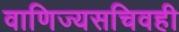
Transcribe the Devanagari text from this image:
वाणिज्यसचिवही